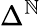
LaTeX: \Delta^{\mathbb{N}}